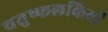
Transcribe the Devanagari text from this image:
चतुष्फलकियों